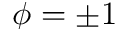
\phi = \pm 1